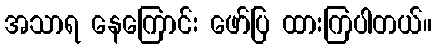
အသာရ နေကြောင်း ဖော်ပြ ထားကြပါတယ်။